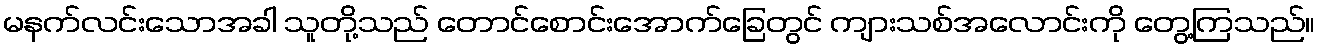
မနက်လင်းသောအခါ သူတို့သည် တောင်စောင်းအောက်ခြေတွင် ကျားသစ်အလောင်းကို တွေ့ကြသည်။